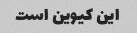
این کیوین است